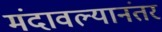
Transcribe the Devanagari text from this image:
मंदावल्यानंतर